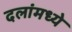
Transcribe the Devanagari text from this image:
दलांमध्ये